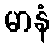
မာနံ